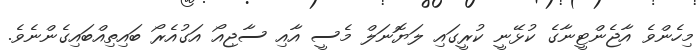
މިހެންވެ އާޖެންޓީނާގެ ކުޅޭނީ ކުރީގައި ލަޔޮނަލް މެސީ އާއި ސާޖިއޯ އަގުއެރޯ ބައިތިއްބައިގެންނެވެ.